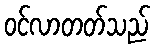
ဝင်လာတတ်သည်